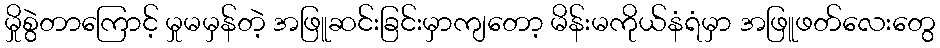
မှိုစွဲတာကြောင့် မှုမမှန်တဲ့ အဖြူဆင်းခြင်းမှာကျတော့ မိန်းမကိုယ်နံရံမှာ အဖြူဖတ်လေးတွေ